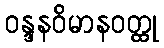
ဝန္ဒနဝိမာနဝတ္ထု